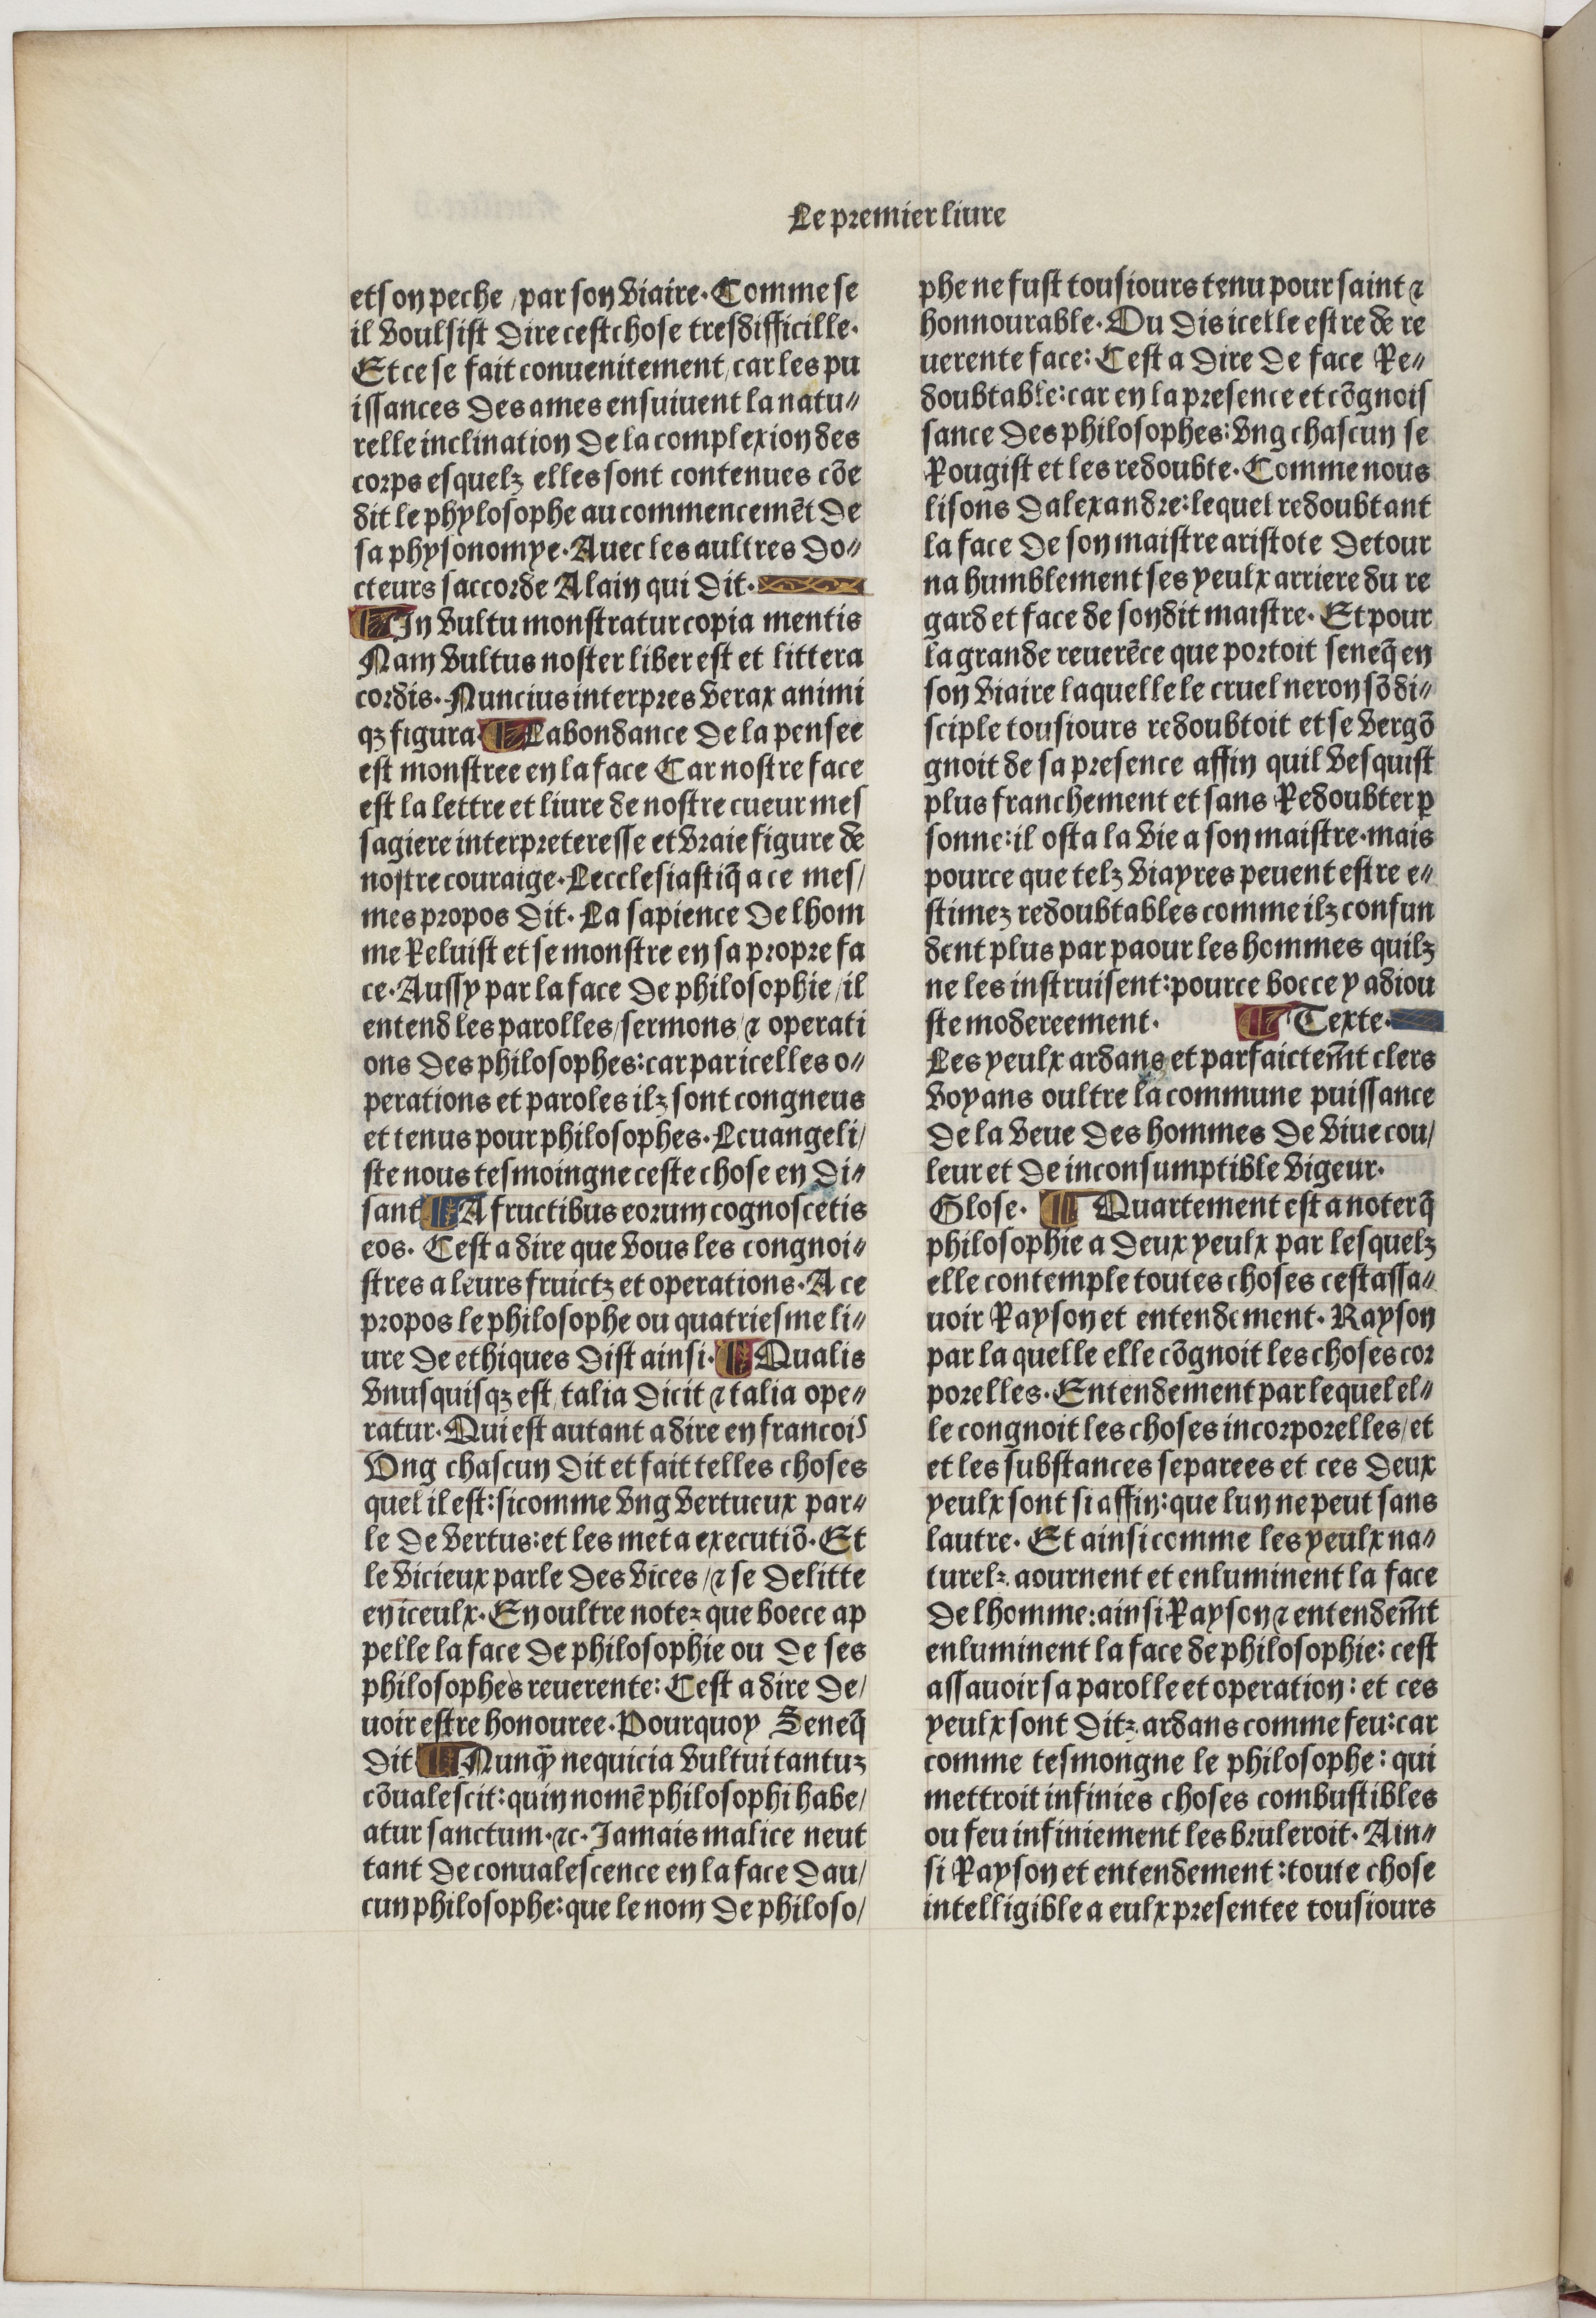
Shelfmark: Paris, BnF, Velins 488
Century: 15